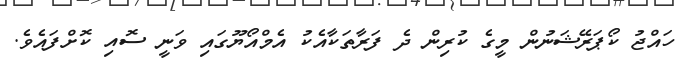
ހައްޖު ކޯޕަރޭޝަނުން މީގެ ކުރިން ދެ ފަރާތަކާއެކު އެމްއޯޔޫގައި ވަނީ ސޮއި ކޮށްފައެވެ.